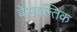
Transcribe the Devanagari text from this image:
बेसाल्तिक